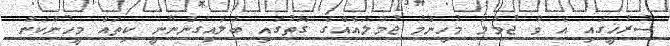
ސުރުޚީގައި އެ ވާ ޖުމުލަ މުހިންމު ޖުމުލައެއްގެ ގޮތުގައި ބަލައިގަންނާނީ ކިތައް މީހުންކަން